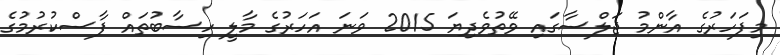
މިފަހަރުގެ އާންމު ޖަލްސާގައި ވޭތުވެދިޔަ 2015 ވަނަ އަހަރުގެ މާލީ ހިސާބުތައް ފާސްކުރުމުގެ